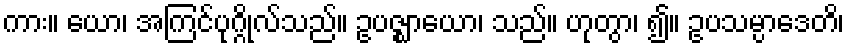
ကား။ ယော၊ အကြင်ပုဂ္ဂိုလ်သည်။ ဥပဇ္ဈာယော၊ သည်။ ဟုတွာ၊ ၍။ ဥပသမ္ပာဒေတိ၊